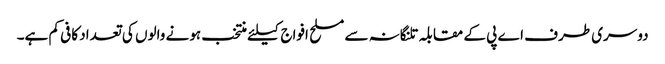
دوسری طرف اے پی کے مقابلہ تلنگانہ سے مسلح افواج کیلئے منتخب ہونے والوں کی تعداد کافی کم ہے۔